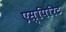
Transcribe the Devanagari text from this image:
एस्पिरिट